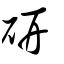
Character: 研